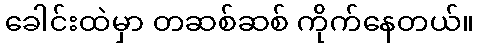
ခေါင်းထဲမှာ တဆစ်ဆစ် ကိုက်နေတယ်။